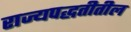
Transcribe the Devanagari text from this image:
राज्यपद्धतीतील